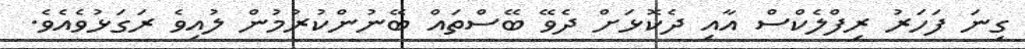
ގިނަ ފަހަރު ރިފްލެކްސް އާއި ދެކޮޅަށް ދެވޭ ބޭސްތައް ބޭނުންކުރުމުން ލުއިވެ ރަގަޅުވެއެވެ.